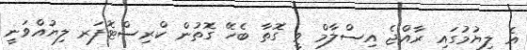
އެ ލިޔުމުގައި ރާއްޖެ އިސްލާމް ވީ ގޮތާ ބެހޭ ގޮތުން ކްރިސްޓޮފަރ ލިޔުއްވަނީ